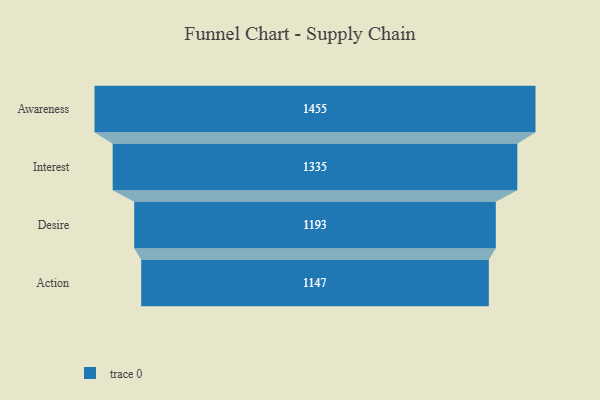
{"axis": {"x": "Stage", "y": "Value"}, "legend": [""], "data": [{"x": "Awareness", "y": 1455.0, "type": ""}, {"x": "Interest", "y": 1335.0, "type": ""}, {"x": "Desire", "y": 1193.0, "type": ""}, {"x": "Action", "y": 1147.0, "type": ""}]}